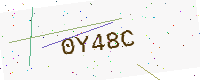
Text: 0Y48C